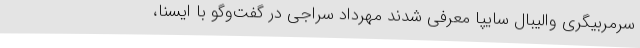
سرمربیگری والیبال سایپا معرفی شدند مهرداد سراجی در گفت‌وگو با ایسنا،